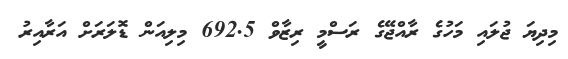
މިދިޔަ ޖުލައި މަހުގެ ރާއްޖޭގެ ރަސްމީ ރިޒާވް 692.5 މިލިއަން ޑޮލަރަށް އަރާއިރު